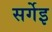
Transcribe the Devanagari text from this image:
सर्गेइ